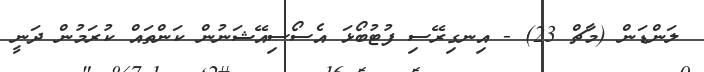
ލަންޑަން (މާޗް 23) - އިނގިރޭސި ފުޓުބޯޅަ އެސޯސިއޭޝަނުން ކަންތައް ކުރަމުން ދަނީ